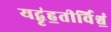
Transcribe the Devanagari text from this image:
यद्बृ॑ह॒तीर्विश्वं॒